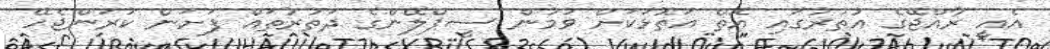
އެއީ ރާއްޖޭގެ އުތުރުގައި އޮތް އަތޮޅަކަށް ވުމުން ސީޕްލޭންގެ ދަތުރުތައް ފަށަން ކުރަންޖެހޭ